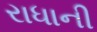
રાધાની